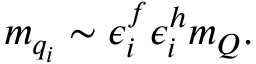
m _ { q _ { i } } \sim \epsilon _ { i } ^ { f } \epsilon _ { i } ^ { h } m _ { Q } .